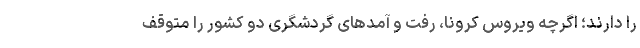
را دارند؛ اگرچه ویروس کرونا، رفت و آمدهای گردشگری دو کشور را متوقف